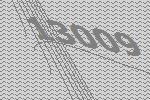
13009